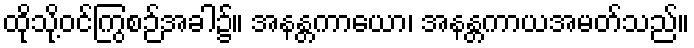
ထိုသို့ဝင်ကြွစဉ်အခါ၌။ အနန္တကာယော၊ အနန္တကာယအမတ်သည်။